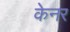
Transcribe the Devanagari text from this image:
केनर